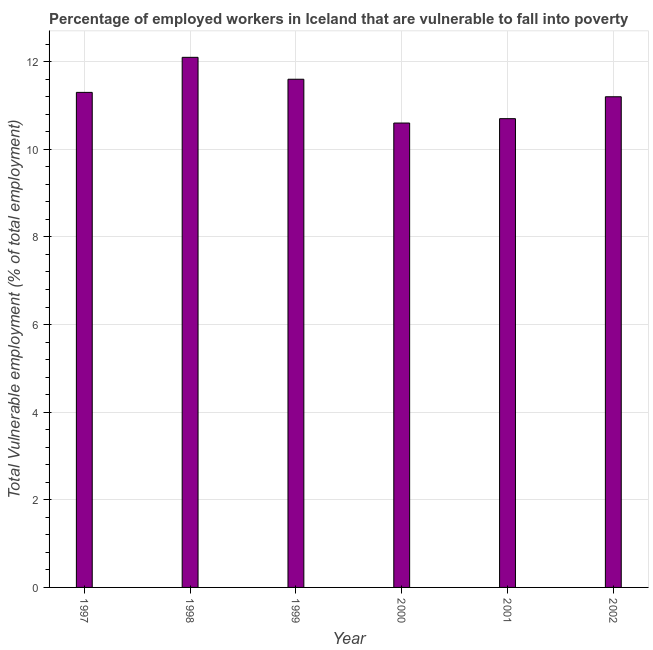
| Year | Vulnerable employment |
 | --- | --- |
 | 1997 | 11.3 |
 | 1998 | 12.1 |
 | 1999 | 11.6 |
 | 2000 | 10.6 |
 | 2001 | 10.7 |
 | 2002 | 11.2 |